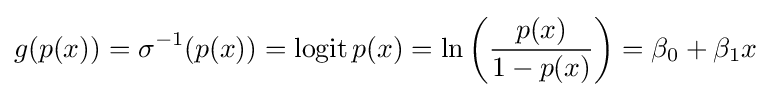
g(p(x))=\sigma ^{-1}(p(x))=\operatorname {logit} p(x)=\ln \left({\frac {p(x)}{1-p(x)}}\right)=\beta _{0}+\beta _{1}x